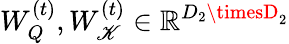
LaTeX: W_{Q}^{(t)},W_{\mathscr{K}}^{(t)}\in\mathbb{{R}}^{D_{2}\timesD_{2}}